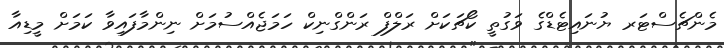
މެންޗެސްޓަރ ޔުނައިޓެޑްގެ ވަގުތީ ކޯޗަކަށް ރަލްފް ރަންގްނިކް ހަމަޖެއްސުމަށް ނިންމާފައިވާ ކަމަށް މީޑިއާ